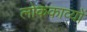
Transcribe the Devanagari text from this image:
लोककाव्यों